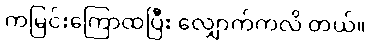
ကမြင်းကြောထပြီး လျှောက်ကလိ တယ်။